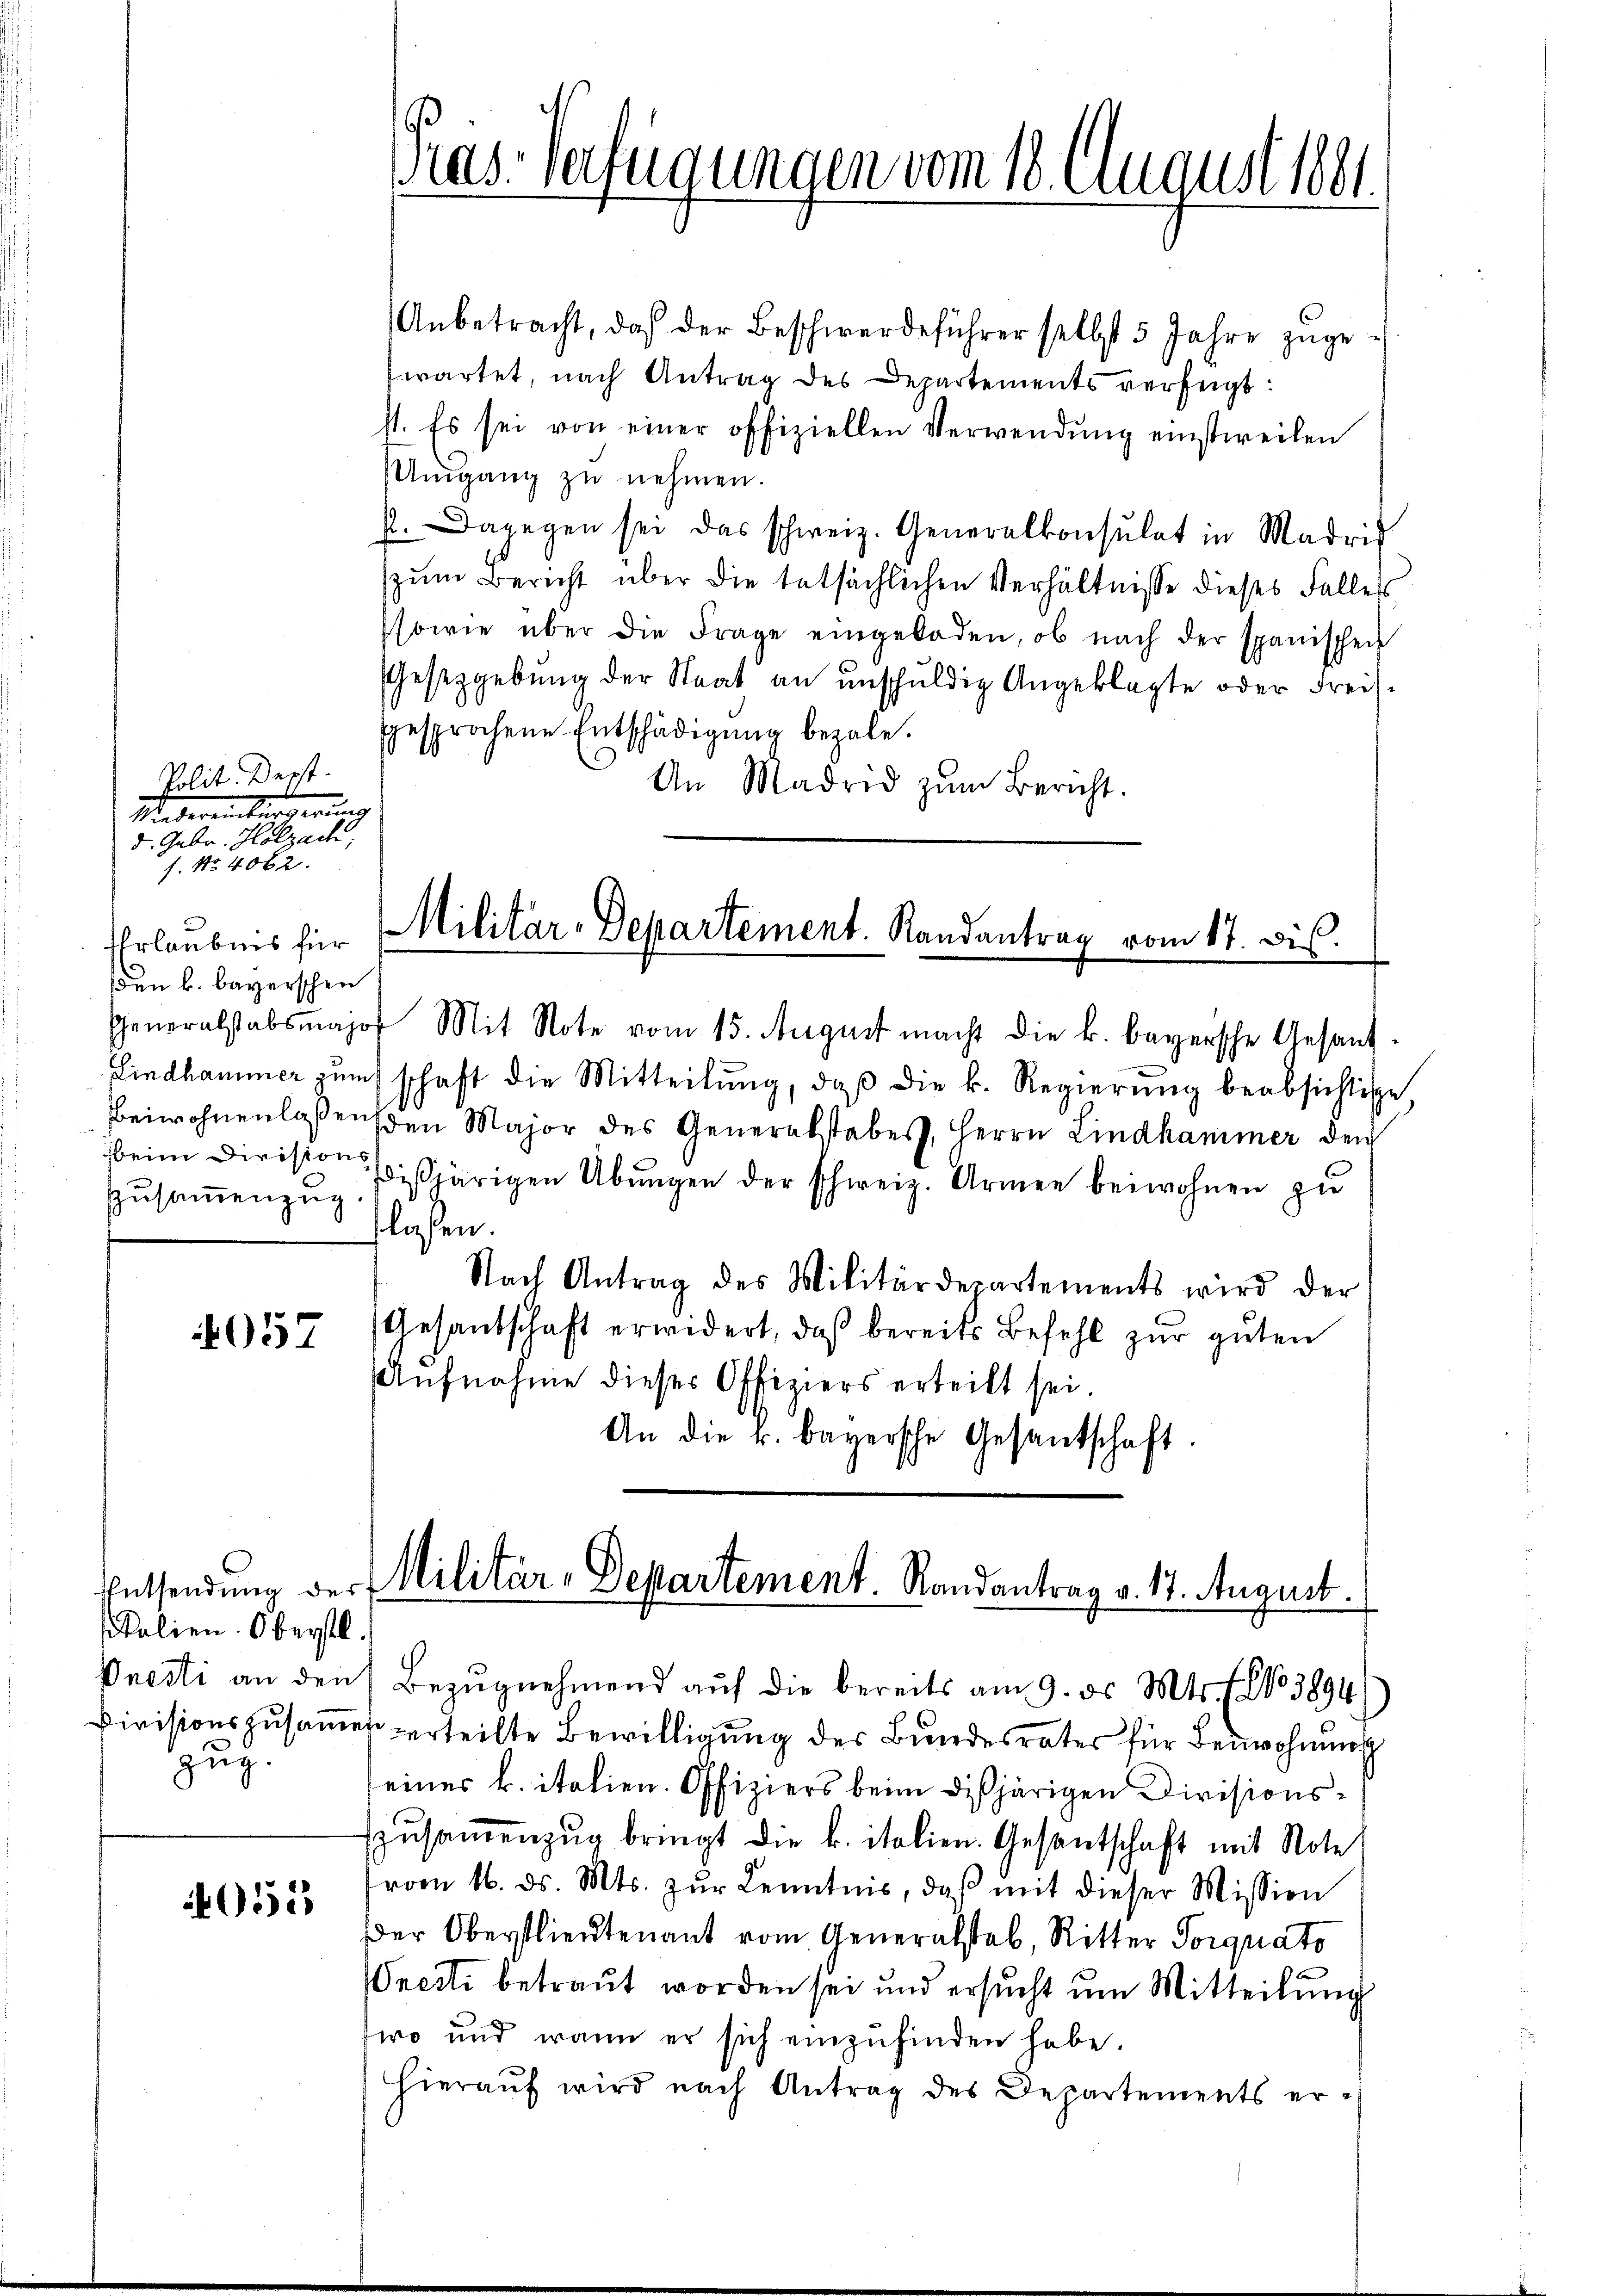
Polit. Derst
Uebereinbürgerung
d. Gebr. Holzach,
s. No 4062.

Erlaubnis für
den k. bayerschen
zbeim Divisions
Zusammenzug

4057

055

Anbetracht, daß der Beschwerdeführer selbst 5 Jahre zŭge-
wartet, nach Antrag des Departements verfügt:
st. Es sei von einer offiziellen Verwendŭng einstweilen
Umgang zŭ nehmen.
p. Dagegen sei das schweiz. Generalkonsulat in Madrid
zum Bericht über die tatsächlichen Verhältnisse dieses Fallers
sowie über die Frage eingeladen, ob nach der spanischen
Gesetzgebung der Staat an unschŭldig Angeklagte oder Freisgesprochene Entschädigŭng bezale.
An Madrid zŭm Bericht.

Entsendung des
Palien. Oberstl.
zug.

Mas-Verfügungen vom 18. August 1881.

Militar-Departement. Randantrag vom 17. Dis

Cheneralstabsmajof Mit Note vom 15. August macht die k. bayersche Gesand¬
Lindhammer zŭm schaft die Mitteilŭng, daβ die k. Regierŭng beabsichtige,
Beiwohnenlaßenden Major des Generalstabes, Herrn Lindhammer den
dishörigen Übungen der schweiz. Armen beiwohnen zu
flassen.
Nach Antrag des Militärdepartements wird der
Gesandschaft erwidert, daß bereits Befehl zur guten
Aufnahme dieser Offiziers erteilt sei.
An die k. bayersche Gesantschaft.

Militär-Departement. Randantrag v. 17. August.
Pnesti an den Bezŭgnehmend auf die bereits am 9. ds. Mts. No 3894

Divisionszusammes verteilte Bewilligung des Bundesrates für Bewohnung
seines k. italien. Offiziers beim dißjärigen Divisionszŭsaṁenzŭg bringt die k. italien. Gesentschaft mit Note
vom 16. ds. Mts. zŭr Kenntnis, daβ mit dieser Mission
Der Oberstlieutenant vom Generalstab, Ritter Porquato
resti betraut worden sei und ersucht um Mitteilung
wo und wenn er sich einzufinden habe.
hieraŭf wird nach Antrag des Departements er¬